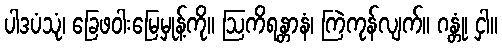
ပါဒပံသုံ၊ ခြေဖဝါးမြေမှုန့်ကို။ ဩကိရန္တာနံ၊ ကြဲကုန်လျက်။ ဂန္တုံ၊ ငှါ။